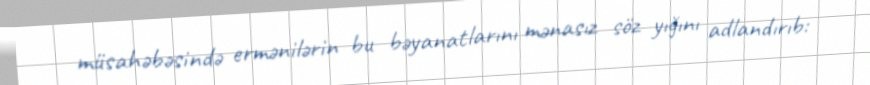
müsahəbəsində ermənilərin bu bəyanatlarını mənasız söz yığını adlandırıb: